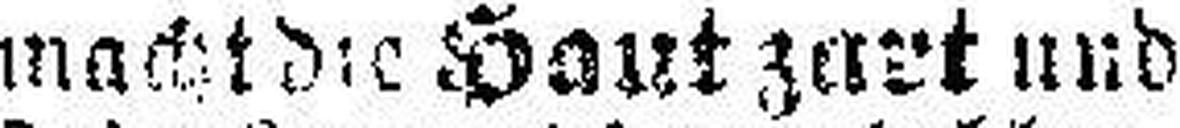
macht die Haut zart und